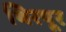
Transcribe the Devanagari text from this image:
थिरपूर